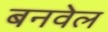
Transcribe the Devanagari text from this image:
बनवेल